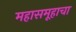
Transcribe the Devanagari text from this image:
महासमूहाचा